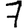
Digit: 7